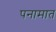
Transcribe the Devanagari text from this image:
पनामात